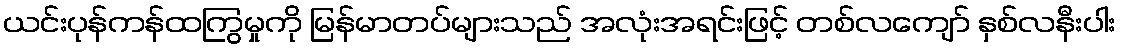
ယင်းပုန်ကန်ထကြွမှုကို မြန်မာတပ်များသည် အလုံးအရင်းဖြင့် တစ်လကျော် နှစ်လနီးပါး